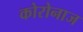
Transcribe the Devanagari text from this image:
कोरोनाज